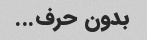
بدون حرف...